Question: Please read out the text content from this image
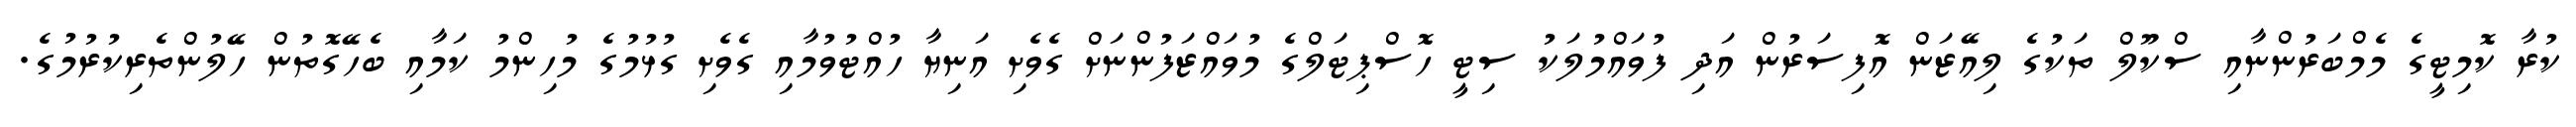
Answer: ކުރާ ކޮމިޓީގެ މެމްބަރުންނާއި ސްކޫލް ތަކުގެ ލިއޭޒަން އޮފިސަރުން އަދި ފުވައްމުލަކު ސިޓީ ހޮސްޕިޓަލްގެ މުވައްޒަފުންނަށް ގެވެށި އަނިޔާ ހުއްޓުވުމާއި ގެވެށި ގުޅުމުގެ މުހިންމު ކަމާއި ބެހޭގޮތުން ހޭލުންތެރިކުރުމުގެ.